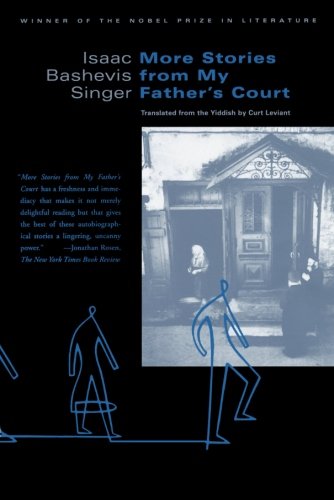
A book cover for More Stories from My Father's Court; Isaac Bashevis Singer; Science Fiction & Fantasy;